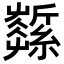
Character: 𦆰